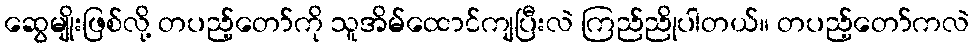
ဆွေမျိုးဖြစ်လို့ တပည့်တော်ကို သူအိမ်ထောင်ကျပြီးလဲ ကြည်ညိုပါတယ်။ တပည့်တော်ကလဲ